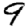
Digit: 9